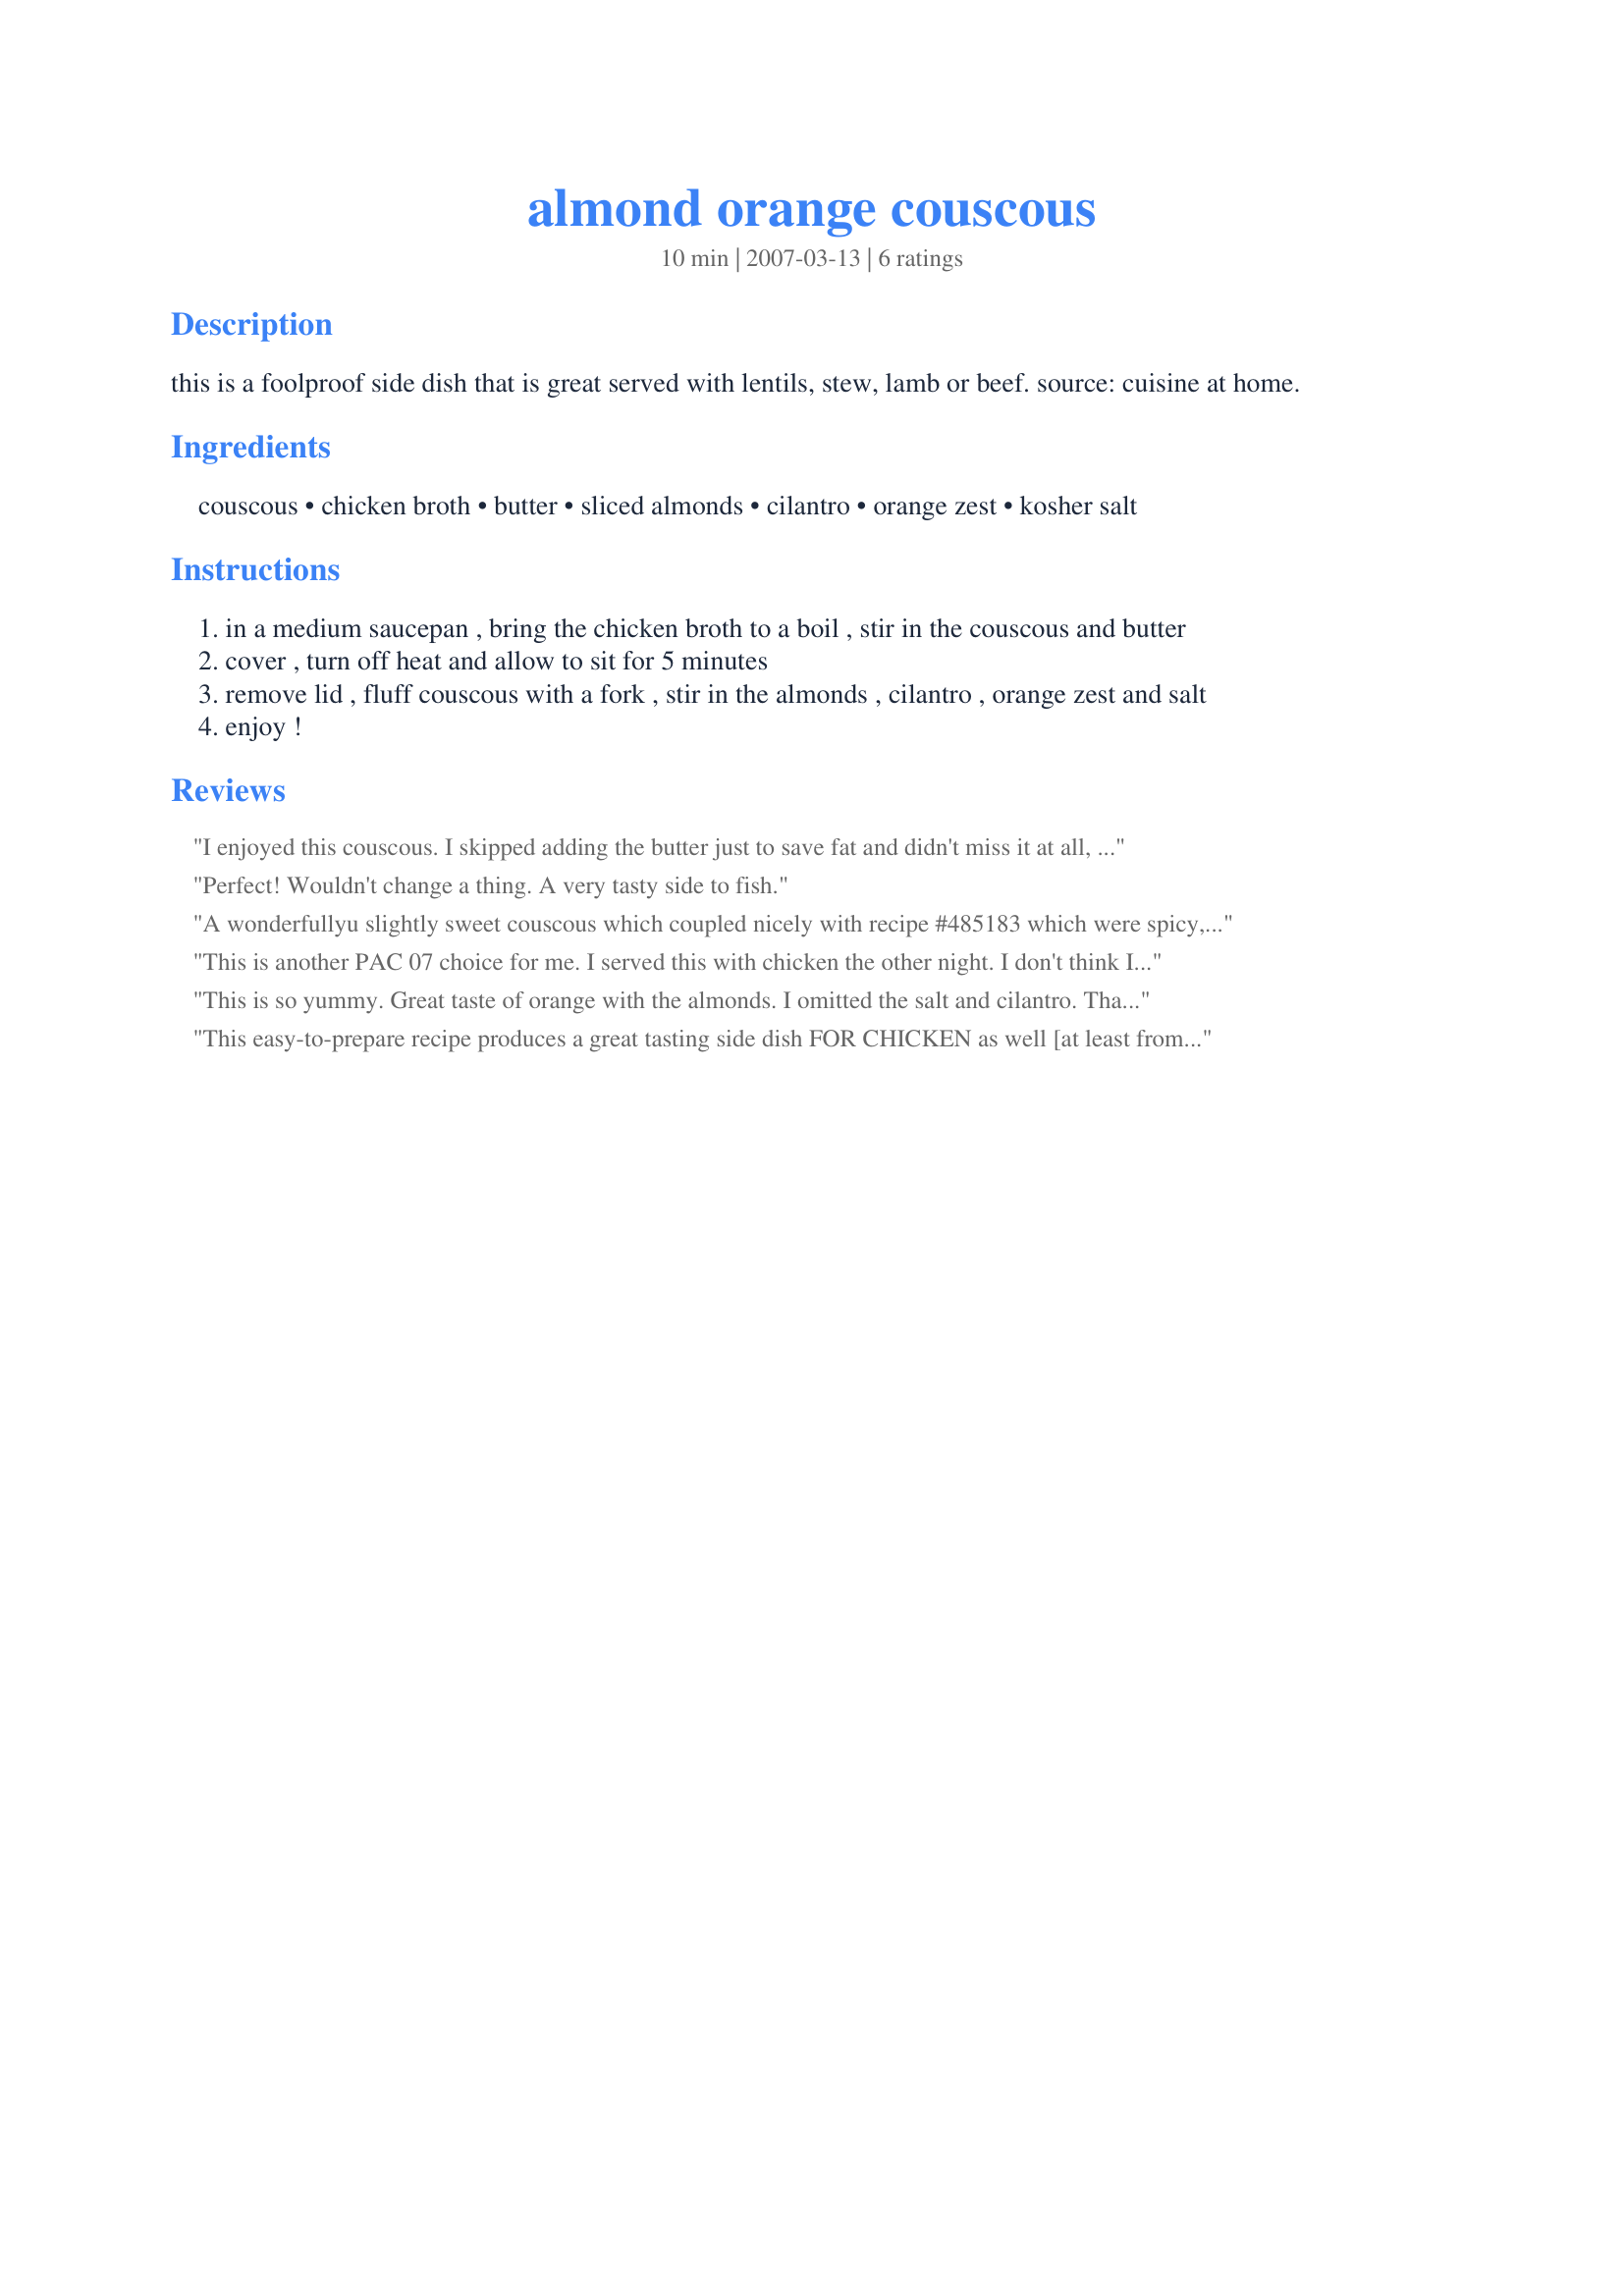
almond orange couscous
Preparation time: 10 minutes

this is a foolproof side dish that is great served with lentils, stew, lamb or beef. source: cuisine at home.

Ingredients:
couscous, chicken broth, butter, sliced almonds, cilantro, orange zest, kosher salt

Steps:
in a medium saucepan , bring the chicken broth to a boil , stir in the couscous and butter
cover , turn off heat and allow to sit for 5 minutes
remove lid , fluff couscous with a fork , stir in the almonds , cilantro , orange zest and salt
enjoy !

Reviews:
I enjoyed this couscous. I skipped adding the butter just to save fat and didn't miss it at all, there was plenty of flavor from the broth. The almonds are lovely but I thought that the orange was very under pronounced then I looked at the recipe again and saw that it ask for TBS's not tsp's, oops. Topped with a sprinkle of cinnamon this was very nice indeed.
Perfect! Wouldn't change a thing. A very tasty side to fish.
A wonderfullyu slightly sweet couscous which coupled nicely with recipe #485183 which were spicy, the only change I made was to use parsley for the cilantro/coriander as we don't really care for it. Thank you PaulaG, made for Aussie/Kiwi recipe Swap #70 November 2012.
This is another PAC 07 choice for me. I served this with chicken the other night. I don't think I will ever cook couscous the same again!! Absolutley heavenly. I love it!
This is so yummy. Great taste of orange with the almonds. I omitted the salt and cilantro. Thanks Paula :) Made for 123 hit wonders
This easy-to-prepare recipe produces a great tasting side dish FOR CHICKEN as well [at least from my point of view, it does]! Thanks for posting it ~ I'll be making it again & again!
